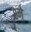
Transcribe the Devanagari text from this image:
८मे